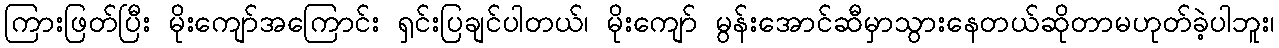
ကြားဖြတ်ပြီး မိုးကျော်အကြောင်း ရှင်းပြချင်ပါတယ်၊ မိုးကျော် မွန်းအောင်ဆီမှာသွားနေတယ်ဆိုတာမဟုတ်ခဲ့ပါဘူး၊